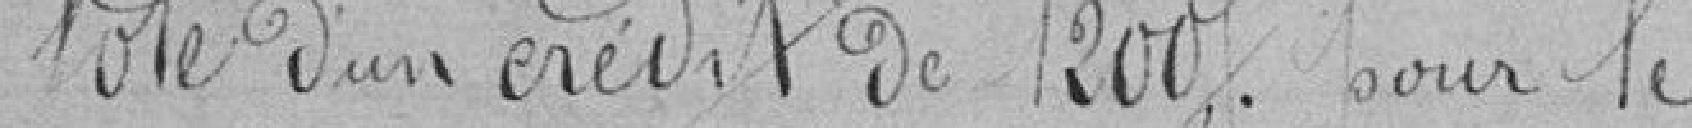
Vote d'un crédit de 1200 francs pour le